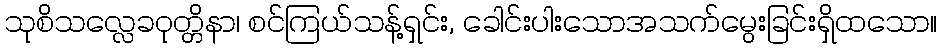
သုစိသလ္လေခဝုတ္တိနာ၊ စင်ကြယ်သန့်ရှင်း, ခေါင်းပါးသောအသက်မွေးခြင်းရှိထသော။